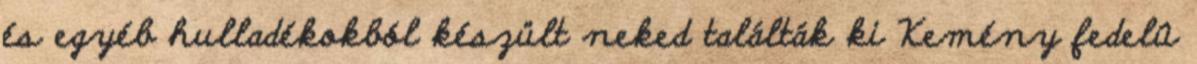
és egyéb hulladékokból készült neked találták ki Kemény fedelû